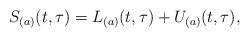
LaTeX: \begin{align*}S_{(a)}(t,\tau)=L_{(a)}(t,\tau)+U_{(a)}(t,\tau),\end{align*}